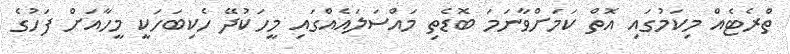
ތްރެޓެއް މިކަމުގައި އޮތް ކަމަށްވާނަމަ ބޮޑެތި މައްސަލައެއްގައި މީހަކުދޭ ހެކިބަހަކީ މީހާއަށް ފަހުގެ